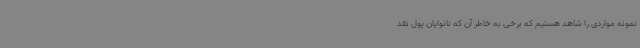
نمونه مواردی را شاهد هستیم که برخی به خاطر آن که نانوایان پول نقد